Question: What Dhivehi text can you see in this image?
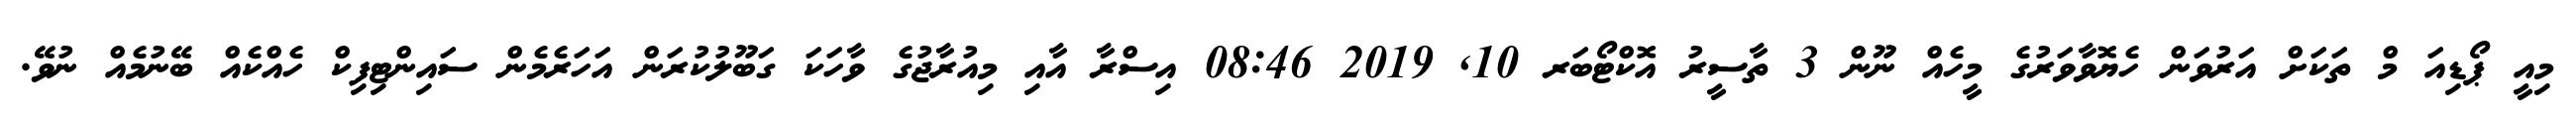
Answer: މިއީ ޕޯޑިއަ މް ތަކަށް އަރުވަން ހެޔޮވާވަރުގެ މީހެއް ނޫން 3 ތާސީރު އޮކްޓޯބަރ 10, 2019 08:46 އިސްރާ އާއި މިއުރާޖުގެ ވާހަކަ ގަބޫލުކުރަން އަހަރެމެން ސައިންޓިފިކް ހެއްކެއް ބޭނުމެއް ނުވޭ.